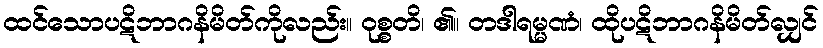
ထင်သောပဋိဘာဂနိမိတ်ကိုလည်း။ ဝုစ္စတိ၊ ၏။ တဒါရမ္မဏံ၊ ထိုပဋိဘာဂနိမိတ်လျှင်